Report on vaccination in Madras 1904-1921 - 1904-1921
Year: 1904
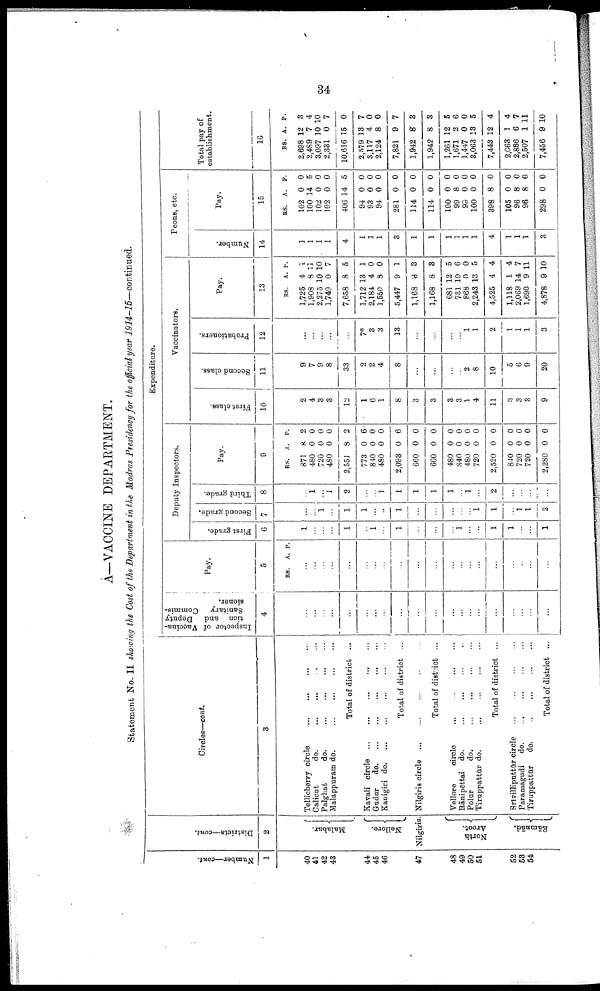
34
A—VACCINE DEPARTMENT.
Statement No. II showing the Cost of the Department in the Madras Presidency for the official year 1914-15—continued.
Number—cont.
1
40
41
42
43
44
45
46
47
48
49
50
51
52
53
54
Districts—cont.
2
Malabar.
Nellore.
Nilgiris.
North
Arcot.
Rāmnād.
Circles—cont.
3
Tellicherry circle
...
...
...
...
Calicut
do.
...
...
...
...
Palghat
do.
...
...
...
...
Malappuram do.
...
...
...
...
Total of district ...
Kavali circle
...
...
...
...
...
Gudur do. ... ... ... ... ...
Kanigiri
do. ... ... ... ... ...
Total of district ...
Nilgiris circle ... ... ... ... ...
Total of district ...
Vellore
circle
...
...
...
...
Rānipēttai do.
...
...
...
...
Polur
do.
...
...
...
...
Tiruppattūr do.
...
...
...
...
Total of district ...
Srīvilliputtūr circle
...
...
...
...
Paramagudi
do. ... ... ... ...
Tiruppattūr
do. ... ... ... ...
Total of district ...
Expenditure.
Inspector of Vaccina
tion and Deputy
Sanitary Commis
sioner.
4
...
...
...
...
...
...
...
...
...
...
...
...
...
...
...
...
...
...
...
...
Pay.
5
RS. A. P.
...
...
...
...
...
...
...
...
...
...
...
...
...
...
...
...
...
...
...
...
Deputy Inspectors.
First grade.
6
1
...
...
...
1
...
1
...
1
...
...
...
1
...
...
1
1
...
...
1
Second grade.
7
...
...
1
...
1
1
...
...
1
...
...
...
...
...
1
1
...
1
1
2
Third grade.
8
...
1
...
1
2
...
...
1
1
1
1
1
...
1
...
2
...
...
...
...
Pay.
9
RS.
871
480
720
480
2,551
773
840
480
2,093
660
660
480
840
480
720
2,520
840
720
720
2,280
A.
8
0
0
0
8
0
0
0
0
0
0
0
0
0
0
0
0
0
0
0
P.
2
0
0
0
2
6
0
0
6
0
0
0
0
0
0
0
0
0
0
0
Vaccinators.
First class.
10
2
4
3
3
12
1
6
1
8
3
3
3
3
1
4
11
3
3
3
9
Second class.
11
9
7
9
8
33
2
2
4
8
...
...
...
...
2
8
10
5
6
9
20
Probationers.
12
...
...
...
...
...
7*
3
3
13
...
...
...
...
1
1
2
1
1
1
3
Pay.
13
RS.
1,725
1,908
2,275
1,749
7,658
1,712
2,184
1,550
5,447
1,168
1,168
681
731
868
2,243
4,525
1,118
2,069
1,690
4,878
A.
4
8
10
0
8
13
4
8
9
3
8
12
10
0
13
4
1
14
9
9
P.
1
11
10
7
5
1
0
0
1
3
8
5
6
0
5
4
4
7
11
10
Peons, etc.
Number.
14
1
1
1
1
4
1
1
1
3
1
1
1
1
1
1
4
1
1
1
3
Pay.
15
RS.
102
100
102
102
406
94
93
94
281
114
114
100
99
99
100
398
105
96
96
298
A.
0
14
0
0
14
0
0
0
0
0
0
0
8
0
0
8
0
8
8
0
P.
0
5
0
0
5
0
0
0
0
0
0
0
0
0
0
0
0
0
0
0
Total pay of
establishment.
16
RS.
2,698
2,489
3,097
2,331
10,616
2,579
3,117
2,124
7,821
1,942
1,942
1,261
1,671
1,447
3,063
7,443
2,668
2,886
2,507
7,456
A.
12
7
10
0
15
13
4
8
9
8
8
12
2
0
13
12
1
6
1
9
P.
3
4
10
7
0
7
0
0
7
3
3
5
6
0
5
4
4
7
11
10